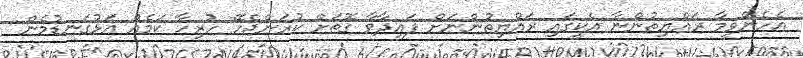
އެހެންވީމާ ރައްޔިތުންނާ އެކީގައި ރައްޔިތުންނަށް ފައިދާވާ ގޮތަށް ކުރަންޖެހޭ ހުރިހާ ކަމެއް އަޅުގަނޑުމެން